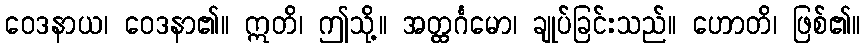
ဝေဒနာယ၊ ဝေဒနာ၏။ ဣတိ၊ ဤသို့။ အတ္ထင်္ဂမော၊ ချုပ်ခြင်းသည်။ ဟောတိ၊ ဖြစ်၏။